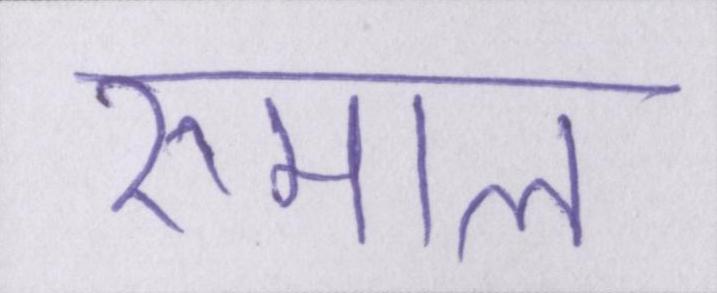
रुमाल